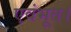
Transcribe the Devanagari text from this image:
एवंभूत।